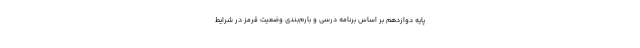
پایه دوازدهم بر اساس برنامه درسی و بارم‌بندی وضعیت قرمز در شرایط